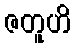
ဇတူဟိ